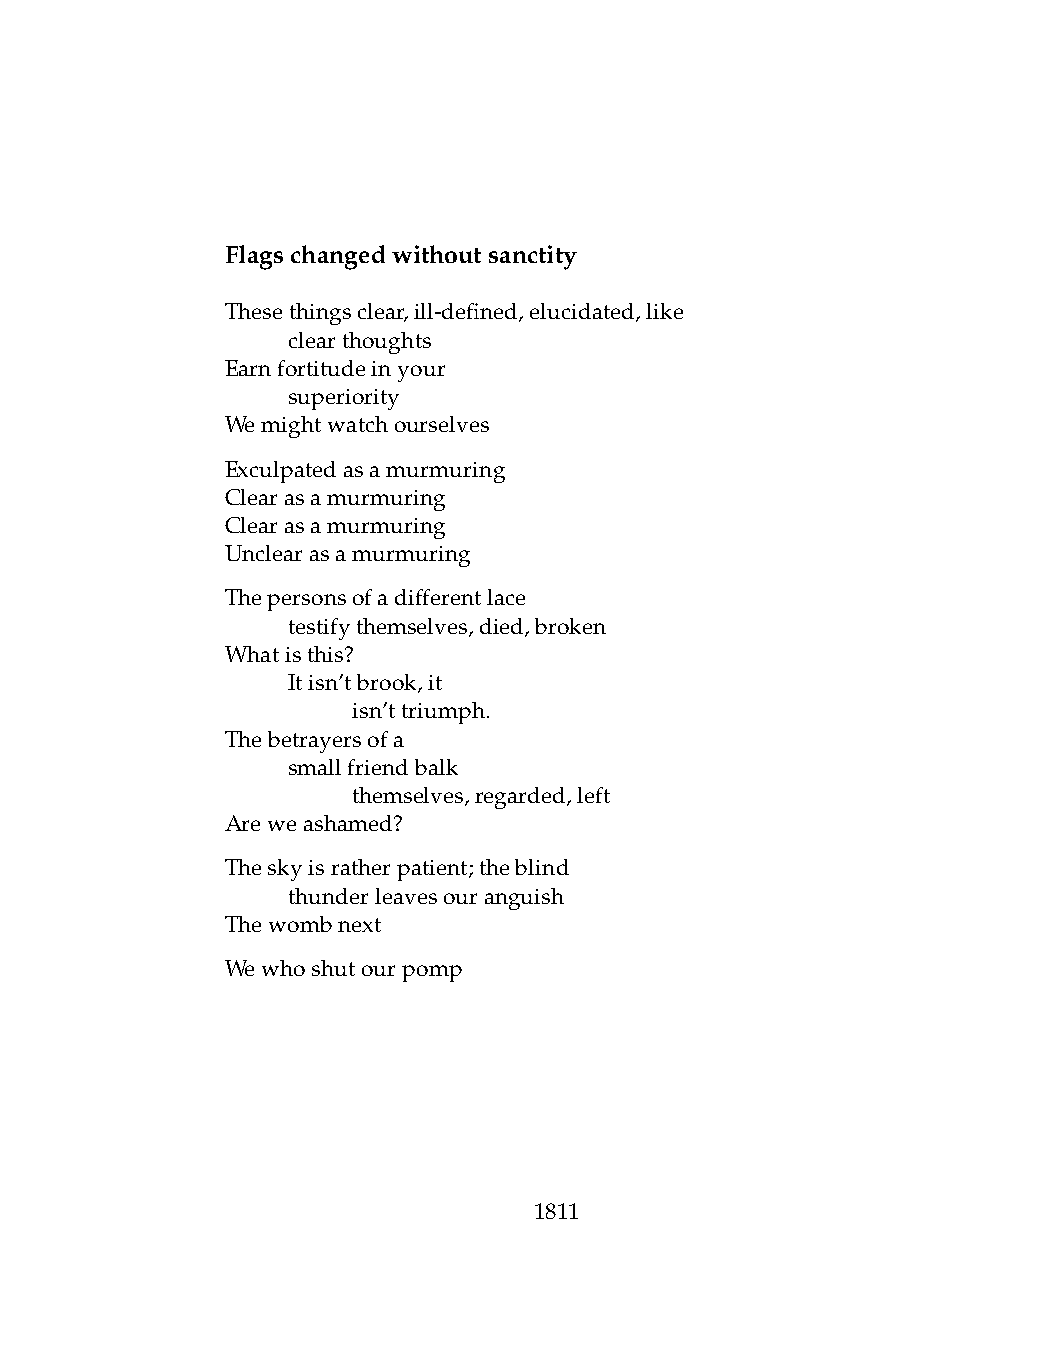
Flagschangedwithoutsanctity
 Thesethingsclear,ill-defined,elucidated,like
 .   clearthoughts
 Earnfortitudeinyour
 .   superiority
 Wemightwatchourselves
 Exculpatedasamurmuring
 Clearasamurmuring
 Clearasamurmuring
 Unclearasamurmuring
 Thepersonsofadifferentlace
 .   testifythemselves,died,broken
 Whatisthis?
 .   Itisn’tbrook,it
 .   .   isn’ttriumph.
 Thebetrayersofa
 .   smallfriendbalk
 .   .   themselves,regarded,left
 Areweashamed?
 Theskyisratherpatient;theblind
 .   thunderleavesouranguish
 Thewombnext
 Wewhoshutourpomp
 1811